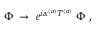
\Phi \; \rightarrow \; e ^ { i \alpha ^ { ( a ) } T ^ { ( a ) } } \; \Phi \ ,